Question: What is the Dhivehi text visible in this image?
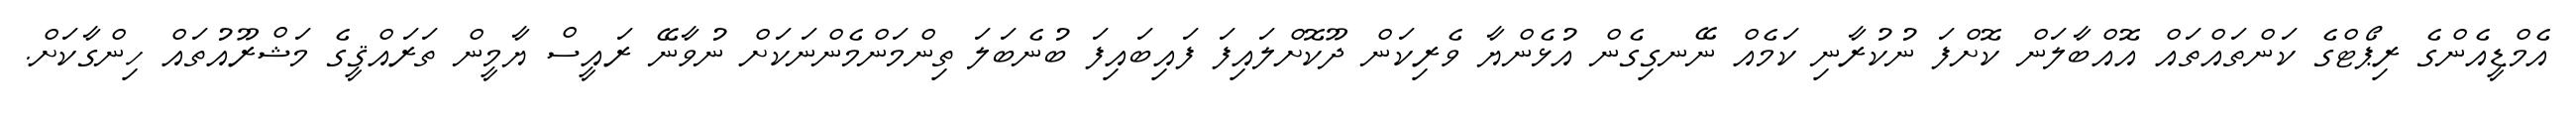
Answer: އެމްޑީއެންގެ ރިޕޯޓްގެ ކަންތައްތައް އޮއްބާލަން ކޮށްފަ ނުކުރާނި ކަމެއް ނޭނގިގެން އުޅެންޔާ ވެރިކަން ދޫކޮށްލައިފަ ފައިބައިފަ ބުނެބަލަ ތިންމަންމެންނަކަށް ނުވާނޭ ރައީސް ޔާމީން ތަރައްޤީގެ މަޝްރޫއުތައް ހިންގާކަށް.